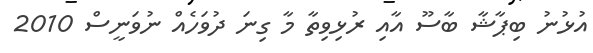
އުޅުނު ބިޕާޝާ ބާސޫ އާއި ރުޅިވިތާ މާ ގިނަ ދުވަހެއް ނުވަނީސް 2010